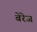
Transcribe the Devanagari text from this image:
बेरेज